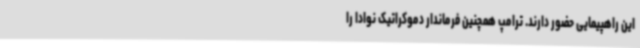
این راهپیمایی حضور دارند. ترامپ همچنین فرماندار دموکراتیک نوادا را